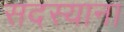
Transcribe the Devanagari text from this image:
सदस्याना